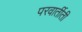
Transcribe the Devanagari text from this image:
परवार्तीती